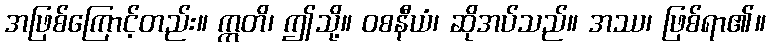
အဖြစ်ကြောင့်တည်း။ ဣတိ၊ ဤသို့။ ဝစနီယံ၊ ဆိုအပ်သည်။ အဿ၊ ဖြစ်ရာ၏။